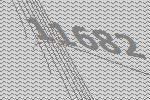
11682